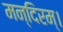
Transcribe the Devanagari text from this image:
मन्दिरम्।